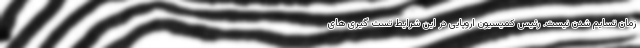
زمان تسایم شدن نیست. رئیس کمیسیون اروپایی در این شرایط تست گیری های